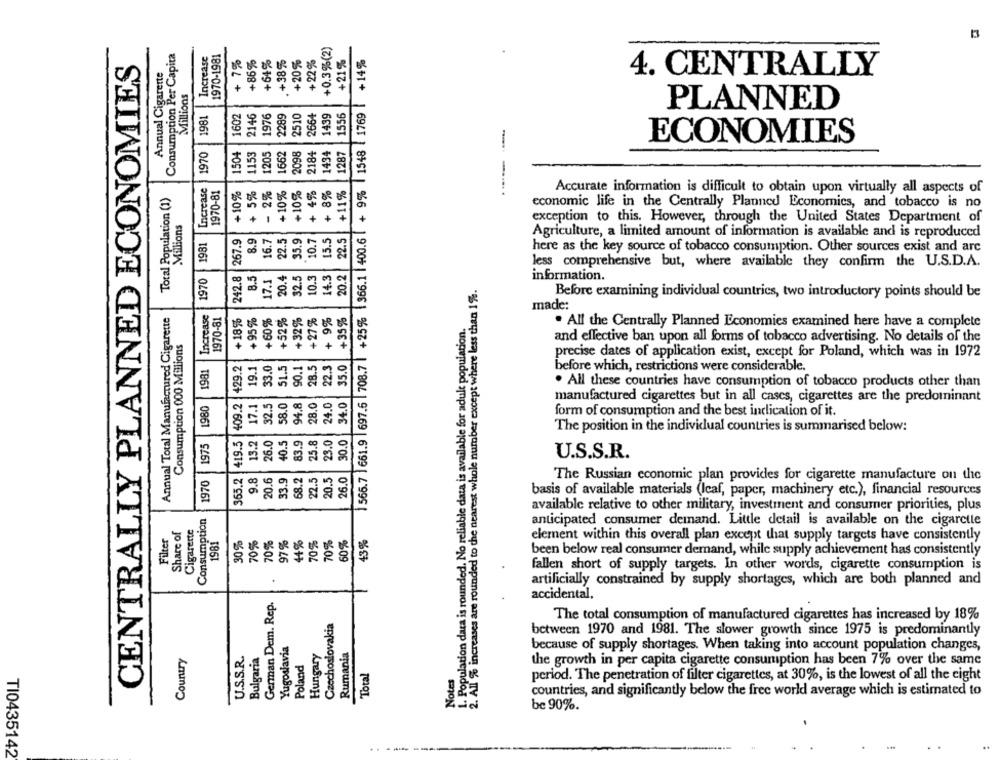
+0.3%(2)
Consumption Per Capita
Increase
1970-1981
+64%
.+38%
+20%
+ 22%
+21%
+14%
CENTRALLY PLANNED ECONOMIES
Annual Cigarette
4. CENTRALLY
Millions
+
1602
2146
1976
2664
1439
1556
1769
PLANNED
1981
2289
2510
-----
ECONOMIES
1970
1153
1434
1287
1548
1504
1205
1662
2098
2184
Increase
1970-81
+10%
Total Population (1)
+ 4%
+11%
1 566.7 661.9 697.6 708.7 | +25% 366.1 400.6 + 9%
Accurate information is difficult to obtain upon virtually all aspects of
economic life in the Centrally Planned Economics, and tobacco is no
Millions
+
+
exception to this. However, through the United States Department of
22.5
267.9
8.9
16.7
35.9
10.7
15.5
22.5
Agriculture, a limited amount of information is available and is reproduced
1981
here as the key source of tobacco consumption. Other sources exist and arc
8.5
less comprehensive but, where available they confirm the U.S.D.A.
1970
242.8
17.1
20.4
32.5
10.3
14.3
20.2
2. All % increases are rounded to the nearest whole number except where less than 1%.
information.
Before examining individual countries, two introductory points should be
Annual Total Manufactured Cigarette
Increase
1970-81
+18%
+ 95%
+60%
+27 %
+ 9%
+35%
made:
1. Population data is rounded. No reliable data is available for adult population.
. All the Centrally Planned Economies examined here have a complete
Consumption 000 Millions
and effective ban upon all forms of tobacco advertising. No details of the
33.0
51.5
22.3
1 566.7 661.9 697.6 708.7
precise dates of application exist, except for Poland, which was in 1972
1981
429.2
19.1
90.1
28.5
35.0
before which, restrictions were considerable.
. All these countries have consumption of tobacco products other than
409.2
94.8
28.0
24.0
34.0
1980
17.1
32.5
manufactured cigarettes but in all cases, cigarettes are the predominant
form of consumption and the best inclication of it.
1975
365.2 . 419.5
13.2
26.0
25.8
23.0
30.0
The position in the individual countries is summarised below:
40.5
83.9
U.S.S.R.
9.8
20.6
33.9
68.2
22.5
20.5
26.0
1970
The Russian economic plan provides for cigarette manufacture on the
basis of available materials (leaf, paper, machinery etc.), financial resources
Consumption
available relative to other military, investment and consumer priorities, plus
Share of
Cigarette
anticipated consumer demand. Little detail is available on the cigaretle
Filter
30%
70%
97%
1981
70%
70%
70%
60%
43%
element within this overall plan except that supply targets have consistently
+
been below real consumer demand, while supply achievement has consistently
fallen short of supply targets. In other words, cigarette consumption is
artificially constrained by supply shortages, which are both planned and
German Dem. Rep.
accidental,
The total consumption of manufactured cigarettes has increased by 18%
Czechoslovakia
between 1970 and 1981. The slower growth since 1975 is predominantly
Yugoslavia
Rumania
because of supply shortages. When taking into account population changes,
Country
U.S.S.R.
Bulgaria
Hungary
Poland
Notes
the growth in per capita cigarette consumption has been 7% over the same
Total
period. The penetration of filter cigarettes, at 30%, is the lowest of all the eight
countries, and significantly below the free world average which is estimated to
be 90%.
TI0435142